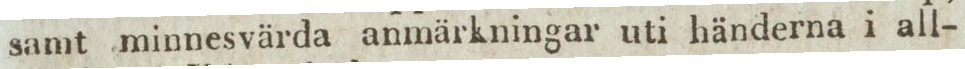
samt minnesvärda anmärkningar uti händerna i all-